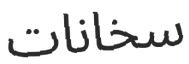
سخانات